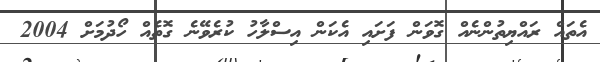
އެތައް ރައްޔިތުންނެއް ގޮވަން ފަށައި އެކަން އިސްލާހު ކުރެވޭނެ ގޮތެއް ހޯދުމަށް 2004